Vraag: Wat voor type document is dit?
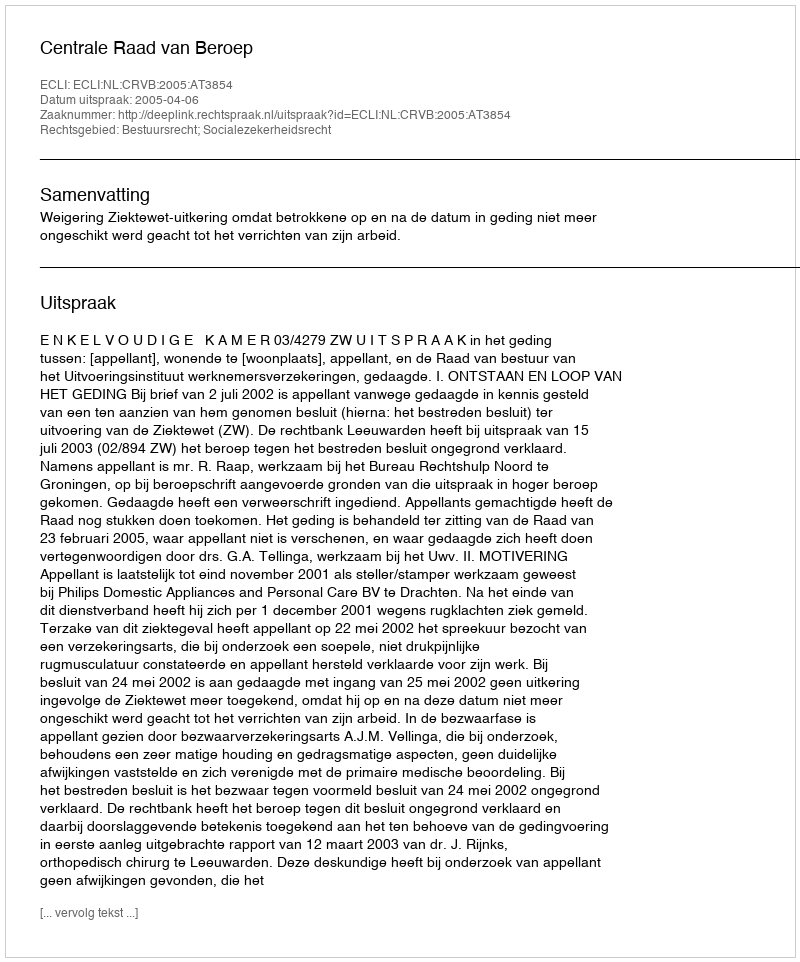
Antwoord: Uitspraak